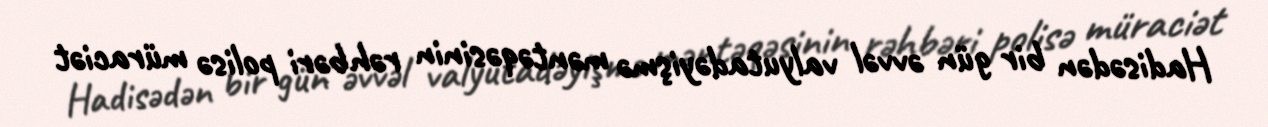
Hadisədən bir gün əvvəl valyutadəyişmə məntəqəsinin rəhbəri polisə müraciət